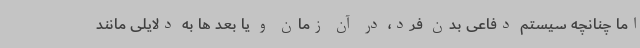
اما چنانچه سیستم دفاعی بدن فرد، در آن زمان و یا بعد ها به دلایلی مانند